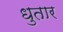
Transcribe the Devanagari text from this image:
धुतार